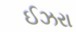
ઈઝરા